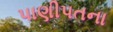
પાણીપતના